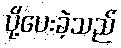
ပို့ပေးခဲ့သည်